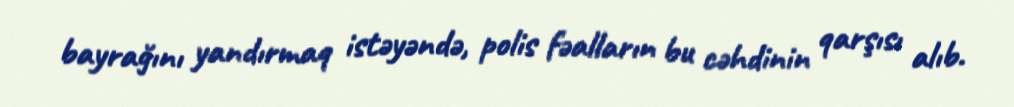
bayrağını yandırmaq istəyəndə, polis fəalların bu cəhdinin qarşısı alıb.